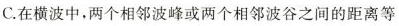
C.在横波中，两个相邻波峰或两个相邻波谷之间的距离等